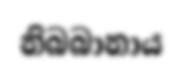
නිබබානාය